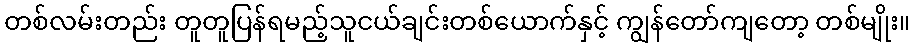
တစ်လမ်းတည်း တူတူပြန်ရမည့်သူငယ်ချင်းတစ်ယောက်နှင့် ကျွန်တော်ကျတော့ တစ်မျိုး။